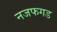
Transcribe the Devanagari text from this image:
नजफगड